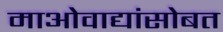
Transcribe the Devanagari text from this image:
माओवाद्यांसोबत